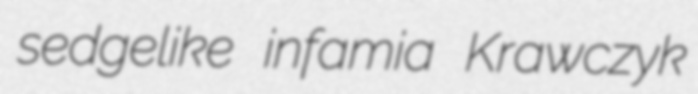
sedgelike infamia Krawczyk